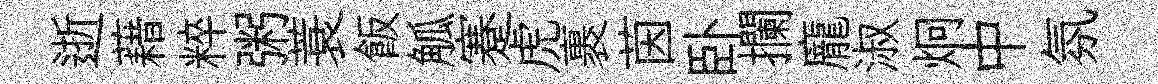
逝藉粹粥蓑飯觚蹇虎裹茵卧攔龐淑炯中氛